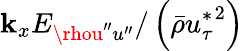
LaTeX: \mathbf{k}_{x}E_{\rhou^{\prime\prime}u^{\prime\prime}}/\left(\bar{{\rho}}{u_{\tau}^{*}}^{2}\right)